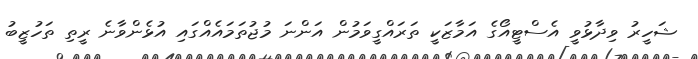
ޝަހީރު ވިދާޅުވީ އެސްޓީއޯގެ އަމާޒަކީ ތަރައްގީވަމުން އަންނަ މުޖުތަމައެއްގައި އުޅެންވާނެ ރީތި ތަހުޒީބު